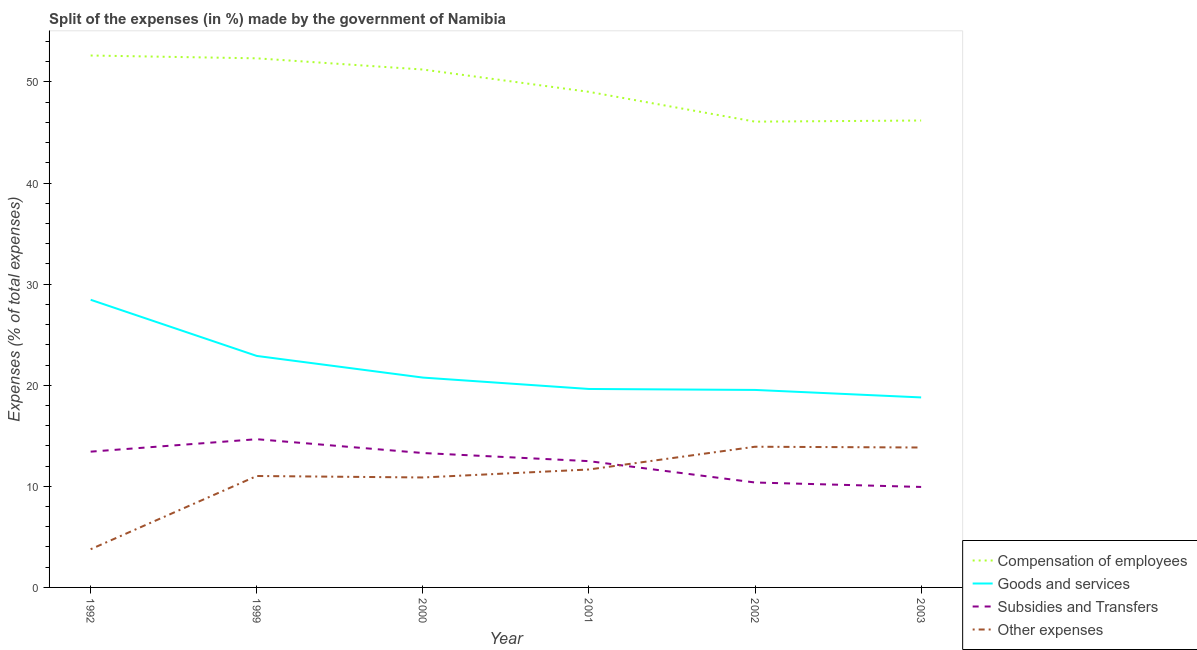
| Year | Compensation of employees | Goods and services | Subsidies and Transfers | Other expenses |
 | --- | --- | --- | --- | --- |
 | 1992 | 52.6 | 28.5 | 13.4 | 3.78 |
 | 1999 | 52.3 | 22.9 | 14.7 | 11 |
 | 2000 | 51.2 | 20.8 | 13.3 | 10.9 |
 | 2001 | 49 | 19.6 | 12.5 | 11.7 |
 | 2002 | 46.1 | 19.5 | 10.4 | 13.9 |
 | 2003 | 46.2 | 18.8 | 9.94 | 13.8 |